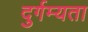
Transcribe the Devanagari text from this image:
दुर्गम्यता